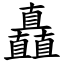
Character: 矗